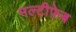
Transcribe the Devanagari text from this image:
मल्टीफ़ेब